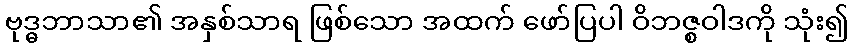
ဗုဒ္ဓဘာသာ၏ အနှစ်သာရ ဖြစ်သော အထက် ဖော်ပြပါ ဝိဘဇ္စဝါဒကို သုံး၍